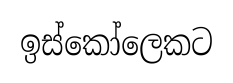
ඉස්කෝලෙකට